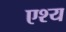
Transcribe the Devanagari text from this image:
एश्य